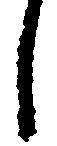
し